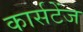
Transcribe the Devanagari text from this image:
कार्सटेंज